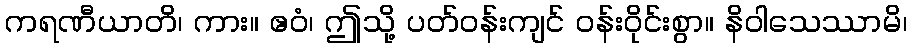
ကရဏီယာတိ၊ ကား။ ဧဝံ၊ ဤသို့ ပတ်ဝန်းကျင် ဝန်းဝိုင်းစွာ။ နိဝါသေဿာမိ၊